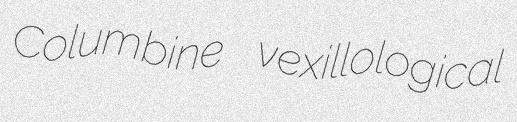
Columbine vexillological